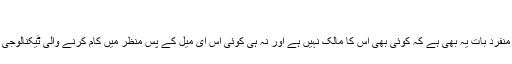
:
بٹ کوائن نیٹ ورک کی ایک منفرد بات یہ بھی ہے کہ کوئی بھی اس کا مالک نہیں ہے اور نہ ہی کوئی اس ای میل کے پس منظر میں کام کرنے والی ٹیکنالوجی کی ملکیت کا دعوے دار ہے۔